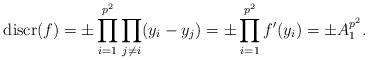
LaTeX: \begin{align*}{\rm discr}(f)=\pm \prod_{i=1}^{p^2} \prod_{j\neq i} (y_i-y_j) = \pm \prod_{i=1}^{p^2} f'(y_i) = \pm A_1^{p^2}.\end{align*}